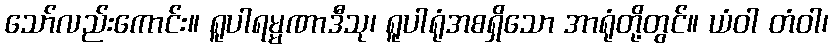
သော်လည်းကောင်း။ ရူပါရမ္မဏာဒီသု၊ ရူပါရုံအစရှိသော အာရုံတို့တွင်။ ယံဝါ တံဝါ၊